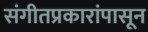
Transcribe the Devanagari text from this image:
संगीतप्रकारांपासून